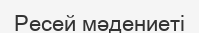
Ресей мәдениеті